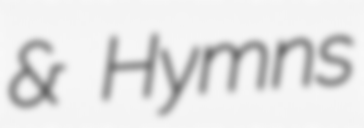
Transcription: & Hymns